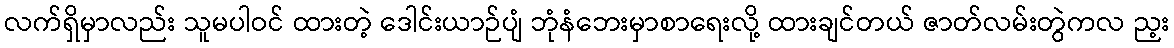
လက်ရှိမှာလည်း သူမပါဝင် ထားတဲ့ ဒေါင်းယာဉ်ပျံ ဘုံနံဘေးမှာစာရေးလို့ ထားချင်တယ် ဇာတ်လမ်းတွဲကလ ည့း